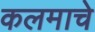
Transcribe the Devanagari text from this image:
कलमाचे